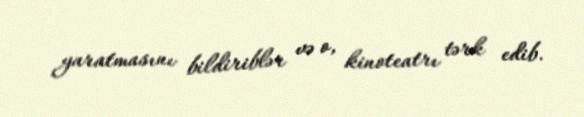
yaratmasını bildiriblər və o, kinoteatrı tərk edib.